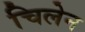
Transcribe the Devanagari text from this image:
चिलेन